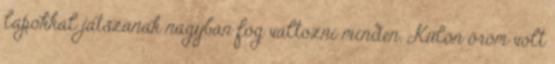
lapokkal játszanak nagyban fog változni minden. Külön öröm volt